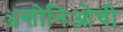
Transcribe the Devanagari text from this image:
ॲन्तोनिओची